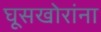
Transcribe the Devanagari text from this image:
घूसखोरांना